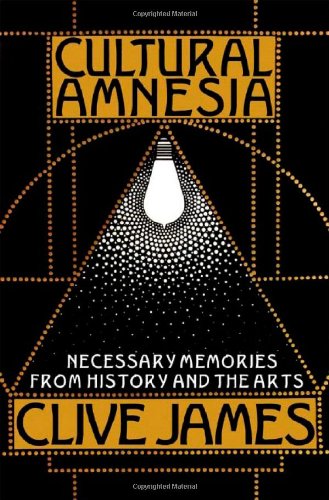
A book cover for Cultural Amnesia: Necessary Memories from History and the Arts; Clive James; Literature & Fiction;